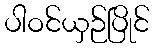
ပါဝင်ယှဉ်ပြိုင်